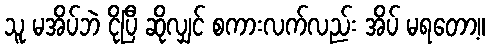
သူ မအိပ်ဘဲ ငိုပြီ ဆိုလျှင် စကားလက်လည်း အိပ် မရတော့။